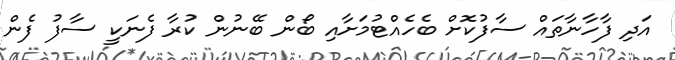
އަދި ފާހާނާތައް ސާފުކޮށް ބެހެއްޓުމަށާއި ބޯން ބޭނުން ކުރާ ފެނަކީ ސާފު ފެން